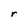
Character: r